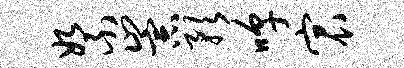
絮崇预嗥宸